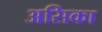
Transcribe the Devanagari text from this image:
असिका